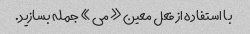
با استفاده از فعل معین «می» جمله بسازید.